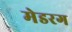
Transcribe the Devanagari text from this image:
मेडरग